Madras plague regulations and rules - Volume 1
Disease focus: Plague
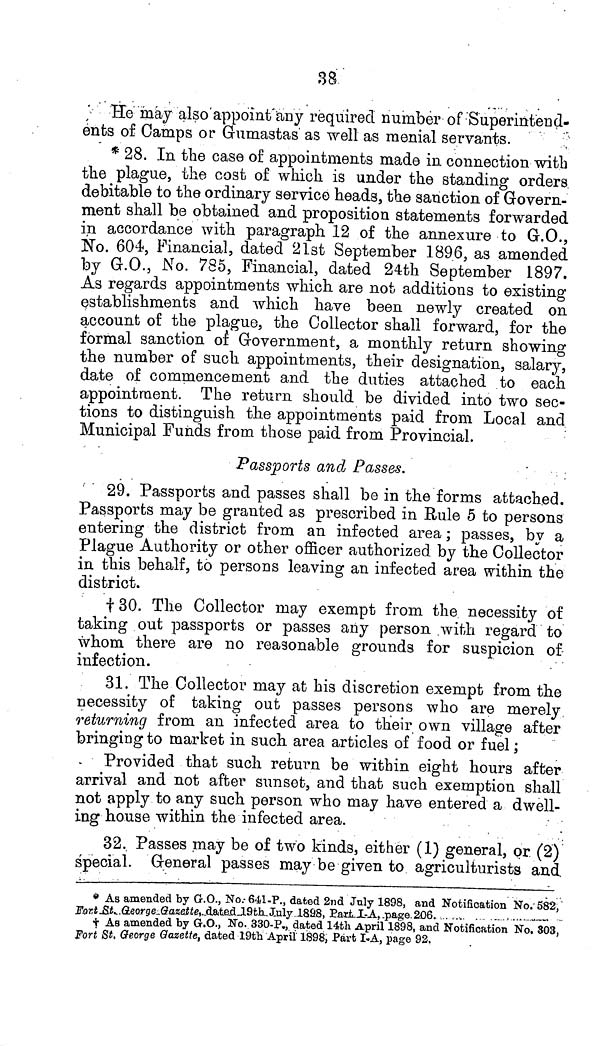
38
He may also appoint any required number of Superintend-
ents of Camps or Gumastas as well as menial servants.
* 28. In the case of appointments made in connection with
the plague, the cost of which is under the standing orders
debitable to the ordinary service heads, the sanction of Govern-
ment shall be obtained and proposition statements forwarded
in accordance with paragraph 12 of the annexure to G.O.,
No. 604, Financial, dated 21st September 1896, as amended
by G.O., No. 785, Financial, dated 24th September 1897.
As regards appointments which are not additions to existing
establishments and which have been newly created on
account of the plague, the Collector shall forward, for the
formal sanction of Government, a monthly return showing
the number of such appointments, their designation, salary,
date of commencement and the duties attached to each
appointment. The return should be divided into two sec-
tions to distinguish the appointments paid from Local and
Municipal Funds from those paid from Provincial.
Passports and Passes.
29. Passports and passes shall be in the forms attached.
Passports may be granted as prescribed in Rule 5 to persons
entering the district from an infected area; passes, by a
Plague Authority or other officer authorized by the Collector
in this behalf, to persons leaving an infected area within the
district.
† 30. The Collector may exempt from the necessity of
taking out passports or passes any person with regard to
whom there are no reasonable grounds for suspicion of
infection.
31. The Collector may at his discretion exempt from the
necessity of taking out passes persons who are merely
returning from an infected area to their own village after
bringing to market in such area articles of food or fuel;
Provided that such return be within eight hours after
arrival and not after sunset, and that such exemption shall
not apply to any such person who may have entered a dwell-
ing house within the infected area.
32. Passes may be of two kinds, either (1) general, or (2)
special. General passes may be given to agriculturists and
* As amended by G.O., No. 641-P., dated 2nd July 1898, and Notification No. 582,
Fort St. George Gazette, dated 19th July 1898, Part I-A, page. 206.
† As amended by G.O., No. 330-P., dated 14th April 1898, and Notification No. 303,
Fort St. George Gazette, dated 19th April 1898, Part I-A, page 92.